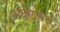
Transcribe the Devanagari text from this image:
अन्यालाच